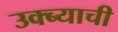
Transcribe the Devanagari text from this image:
उक्ब्याची